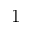
1